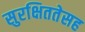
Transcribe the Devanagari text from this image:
सुरक्षिततेसह